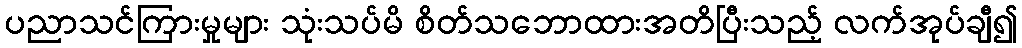
ပညာသင်ကြားမှုများ သုံးသပ်မိ စိတ်သဘောထားအတိပြီးသည့် လက်အုပ်ချီ၍